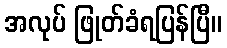
အလုပ် ဖြုတ်ခံရပြန်ပြီ။